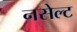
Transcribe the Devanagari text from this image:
नसेल्ट